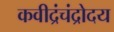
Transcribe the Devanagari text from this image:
कवीद्रंचंद्रोदय